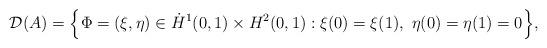
LaTeX: \begin{align*}\mathcal D(A)= \Big\{\Phi=(\xi, \eta) \in \dot {H}^1(0,1)\times H^2(0,1) : \xi(0)=\xi(1) , \ \eta(0)=\eta(1)=0 \Big\},\end{align*}